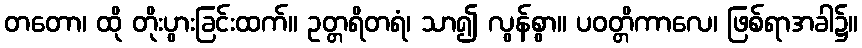
တတော၊ ထို တိုးပွားခြင်းထက်။ ဥတ္တရိတရံ၊ သာ၍ လွန်စွာ။ ပဝတ္တိကာလေ၊ ဖြစ်ရာအခါ၌။